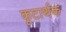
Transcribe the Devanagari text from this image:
कूटार्थक